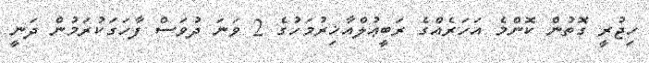
ހިޖުރީ ގޮތުން ކޮންމެ އަހަރެއްގެ ރަބީޢުލްއާޚިރުމަހުގެ 2 ވަނަ ދުވަސް ފާހަގަކުރަމުން ދަނީ